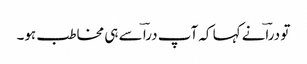
تو دراؔنے کہا کہ آپ دراؔ سے ہی مخاطب ہو۔